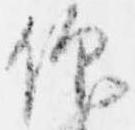
仰